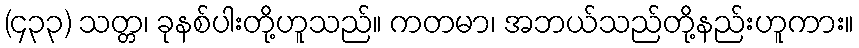
(၄၃၃) သတ္တ၊ ခုနစ်ပါးတို့ဟူသည်။ ကတမာ၊ အဘယ်သည်တို့နည်းဟူကား။